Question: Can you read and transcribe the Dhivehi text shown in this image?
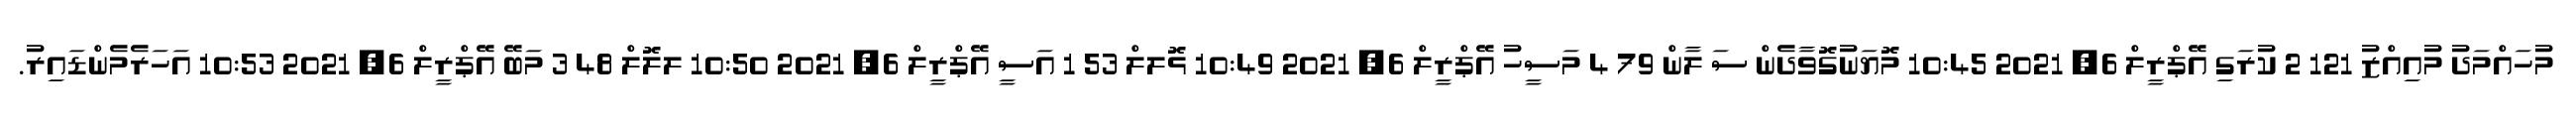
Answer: މުހައްމަދު މުއިއްޒު 121 2 ކުރަގި އޭޕްރީލް 6, 2021 10:45 މޮޔަނުގޮވާދެން ސަ ލާން 79 4 މަސީހު އޭޕްރީލް 6, 2021 10:49 ޅޮލލް 53 1 އަސީ އޭޕްރީލް 6, 2021 10:50 ލލޮލް 48 3 މަބޭ އޭޕްރީލް 6, 2021 10:53 އަހަރެމެންޑައިރު.